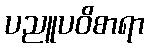
ပညူပဝိစာရာ